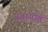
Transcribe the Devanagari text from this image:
चतुष्षष्ठि